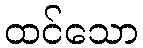
ထင်သော